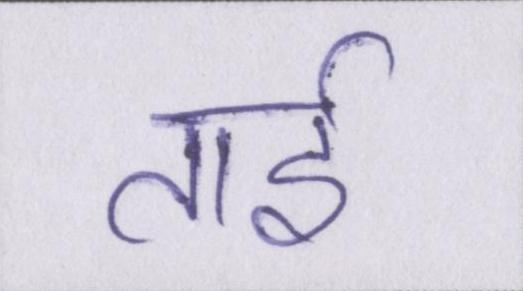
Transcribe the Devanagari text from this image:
ताई